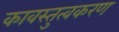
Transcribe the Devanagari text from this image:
कावस्तुत्वकरण